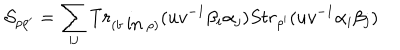
LaTeX: { \cal S } _ { \rho \rho ^ { \prime } } = \sum _ { i j } T r _ { ( b \mathrm { ~ i n ~ } \rho ) } ( u v ^ { - 1 } \beta _ { i } \alpha _ { j } ) S t r _ { \rho ^ { \prime } } ( u v ^ { - 1 } \alpha _ { i } \beta _ { j } )